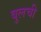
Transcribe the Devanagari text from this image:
बुलची